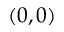
( 0 , 0 )